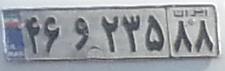
۴۶و۲۳۵۸۸